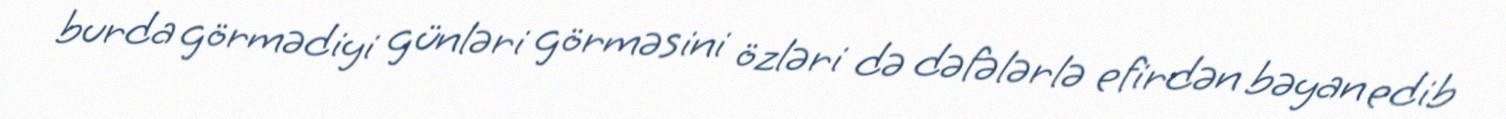
burda görmədiyi günləri görməsini özləri də dəfələrlə efirdən bəyan edib